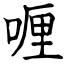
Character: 喱